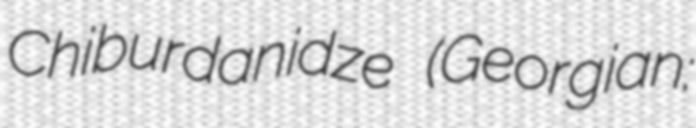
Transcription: Chiburdanidze (Georgian: